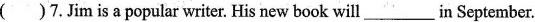
( )7.Jim is a popular writer. His new book will ___ in September.